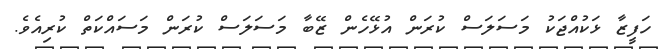
ހަފީޒާ ޅަކުއްޖަކު މަސަލަސް ކުރަން އުޅޭހެން ޒޭބާ މަސަލަސް ކުރަން މަސައްކަތް ކުރިއެވެ.